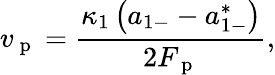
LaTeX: v_{\mathrm{~p~}}=\frac{\kappa_{1}\left(a_{1-}-a_{1-}^{*}\right)}{2F_{\mathrm{~p~}}},